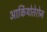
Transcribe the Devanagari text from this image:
आर्कियोतेरोन